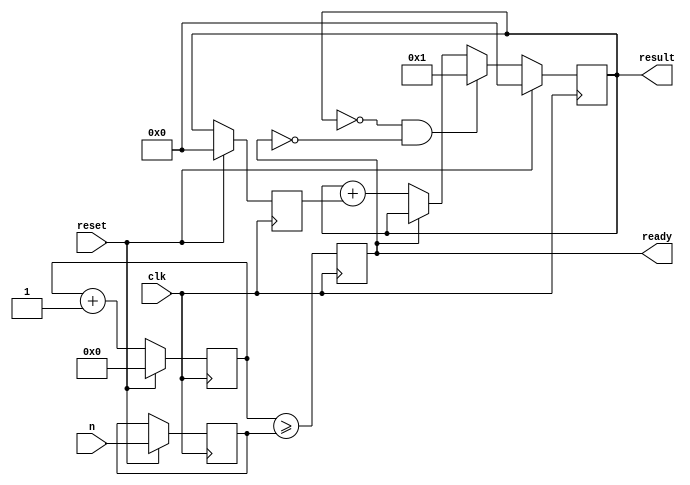
//Circuit which generates Fibonacci numbers

module fibonacci  (
clk, //clock
reset, //reset the Multiplier
n, //Fibonacci number to calculate
result, //result of fibonacci calculation
ready //signals if the result is ready
);

parameter inBits = 8; //No of bits for n 
parameter outBits = 16; //No of bits of Fib number

//----Input Ports---
input clk;
input reset;
input [inBits-1:0] n;

//---Output Ports---
output reg [outBits-1:0] result;
output reg ready;

//---Internal Registers---
reg [outBits-1:0] last;
reg [inBits-1:0] no;
reg [inBits-1:0] count;


always @(posedge clk) begin
    if (reset) begin
        result <= 16'b0;
        last <= 16'b0;
        no  <= n;
        count <= 16'b0; 
    //0th fibonacci number is 0, need to generate 1 afterwards
    end else begin
        if (result == 0 && !ready) begin
            result <= 1;            
        end else if (ready) begin
            result <= result;
        end else begin 
            result <= result + last;
        end
        last <= result;
        count <= count + 1;
    end
        ready <= count >= no;
        $display("reset %b, count %d, result %d, ready %b, no %d, last %d",reset, count, result, ready, no, last);
end


endmodule